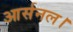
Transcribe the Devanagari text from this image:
आर्सनल।